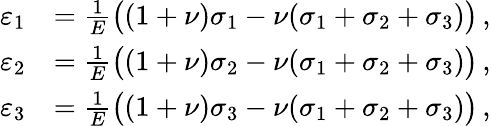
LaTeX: {\begin{array}{rl}{\varepsilon_{1}}&{={\frac{1}{E}}{\big(}(1+\nu)\sigma_{1}-\nu(\sigma_{1}+\sigma_{2}+\sigma_{3}){\big)}\, ,}\\ {\varepsilon_{2}}&{={\frac{1}{E}}{\big(}(1+\nu)\sigma_{2}-\nu(\sigma_{1}+\sigma_{2}+\sigma_{3}){\big)}\, ,}\\ {\varepsilon_{3}}&{={\frac{1}{E}}{\big(}(1+\nu)\sigma_{3}-\nu(\sigma_{1}+\sigma_{2}+\sigma_{3}){\big)}\, ,}\end{array}}